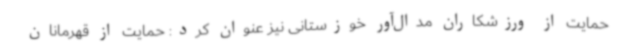
حمایت از ورزشکاران مدال‌آور خوزستانی نیز عنوان کرد: حمایت از قهرمانان